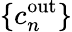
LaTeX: \{ c_{n}^{\mathrm{out}}\}